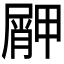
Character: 𱚿